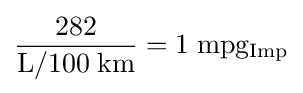
{\frac {282}{\rm {L/100\;km}}}={\rm {1\;mpg_{Imp}}}